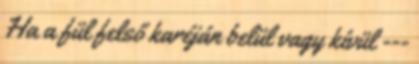
Ha a fül felső karéján belül vagy kívül ---